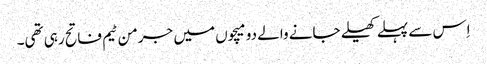
اِس سے پہلے کھیلے جانے والے دو میچوں میں جرمن ٹیم فاتح رہی تھی۔